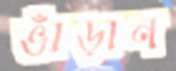
ভাঁড়ান